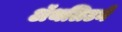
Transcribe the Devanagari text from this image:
ॲथलिटने